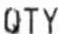
QTY